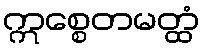
ဣစ္စေတမတ္ထံ